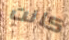
كانت